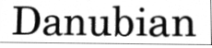
Danubian